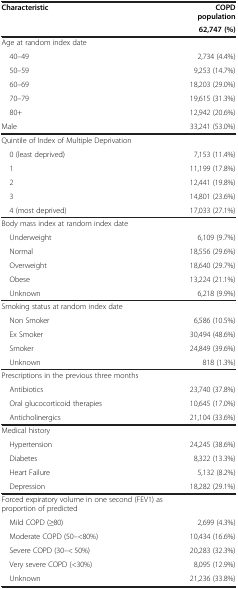
<table><thead><tr><td><b>Characteristic</b></td><td><b>COPD population</b></td></tr><tr><td>[EMPTY_CELL]</td><td><b>62,747 (%)</b></td></tr></thead><tbody><tr><td>Age at random index date</td><td>[EMPTY_CELL]</td></tr><tr><td> 40–49</td><td>2,734 (4.4%)</td></tr><tr><td> 50–59</td><td>9,253 (14.7%)</td></tr><tr><td> 60–69</td><td>18,203 (29.0%)</td></tr><tr><td> 70–79</td><td>19,615 (31.3%)</td></tr><tr><td> 80+</td><td>12,942 (20.6%)</td></tr><tr><td>Male</td><td>33,241 (53.0%)</td></tr><tr><td>Quintile of Index of Multiple Deprivation</td><td>[EMPTY_CELL]</td></tr><tr><td> 0 (least deprived)</td><td>7,153 (11.4%)</td></tr><tr><td> 1</td><td>11,199 (17.8%)</td></tr><tr><td> 2</td><td>12,441 (19.8%)</td></tr><tr><td> 3</td><td>14,801 (23.6%)</td></tr><tr><td> 4 (most deprived)</td><td>17,033 (27.1%)</td></tr><tr><td>Body mass index at random index date</td><td>[EMPTY_CELL]</td></tr><tr><td> Underweight</td><td>6,109 (9.7%)</td></tr><tr><td> Normal</td><td>18,556 (29.6%)</td></tr><tr><td> Overweight</td><td>18,640 (29.7%)</td></tr><tr><td> Obese</td><td>13,224 (21.1%)</td></tr><tr><td> Unknown</td><td>6,218 (9.9%)</td></tr><tr><td>Smoking status at random index date</td><td>[EMPTY_CELL]</td></tr><tr><td> Non Smoker</td><td>6,586 (10.5%)</td></tr><tr><td> Ex Smoker</td><td>30,494 (48.6%)</td></tr><tr><td> Smoker</td><td>24,849 (39.6%)</td></tr><tr><td> Unknown</td><td>818 (1.3%)</td></tr><tr><td>Prescriptions in the previous three months</td><td>[EMPTY_CELL]</td></tr><tr><td> Antibiotics</td><td>23,740 (37.8%)</td></tr><tr><td> Oral glucocorticoid therapies</td><td>10,645 (17.0%)</td></tr><tr><td> Anticholinergics</td><td>21,104 (33.6%)</td></tr><tr><td>Medical history</td><td>[EMPTY_CELL]</td></tr><tr><td> Hypertension</td><td>24,245 (38.6%)</td></tr><tr><td> Diabetes</td><td>8,322 (13.3%)</td></tr><tr><td> Heart Failure</td><td>5,132 (8.2%)</td></tr><tr><td> Depression</td><td>18,282 (29.1%)</td></tr><tr><td>Forced expiratory volume in one second (FEV1) as proportion of predicted</td><td>[EMPTY_CELL]</td></tr><tr><td> Mild COPD (≥80)</td><td>2,699 (4.3%)</td></tr><tr><td> Moderate COPD (50–&lt;80%)</td><td>10,434 (16.6%)</td></tr><tr><td> Severe COPD (30–&lt; 50%)</td><td>20,283 (32.3%)</td></tr><tr><td> Very severe COPD (&lt;30%)</td><td>8,095 (12.9%)</td></tr><tr><td> Unknown</td><td>21,236 (33.8%)</td></tr></tbody></table>